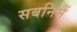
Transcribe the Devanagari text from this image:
सबनिमैं